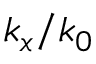
k _ { x } / k _ { 0 }